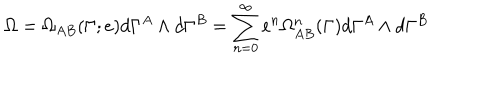
LaTeX: \Omega = \Omega _ { A B } ( \Gamma ; e ) d \Gamma ^ { A } \wedge d \Gamma ^ { B } = \sum _ { n = 0 } ^ { \infty } e ^ { n } \Omega _ { A B } ^ { n } ( \Gamma ) d \Gamma ^ { A } \wedge d \Gamma ^ { B }